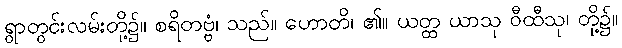
ရွာတွင်းလမ်းတို့၌။ စရိတဗ္ဗံ၊ သည်။ ဟောတိ၊ ၏။ ယတ္ထ ယာသု ဝီထီသု၊ တို့၌။